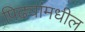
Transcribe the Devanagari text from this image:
पिढ्यांमधील